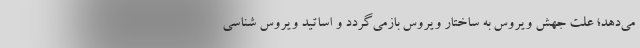
می‌دهد؛ علت جهش ویروس به ساختار ویروس بازمی‌گردد و اساتید ویروس شناسی